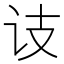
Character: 𬣛